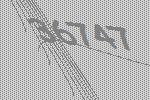
36747